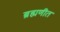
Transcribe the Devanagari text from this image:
ब्रह्मणीत